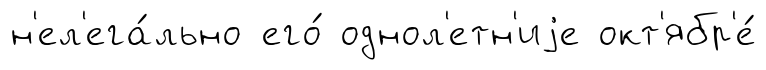
н'ел'ега́льно его́ однол'етн'иjе окт'ябр'е́